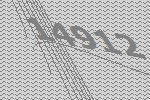
14912